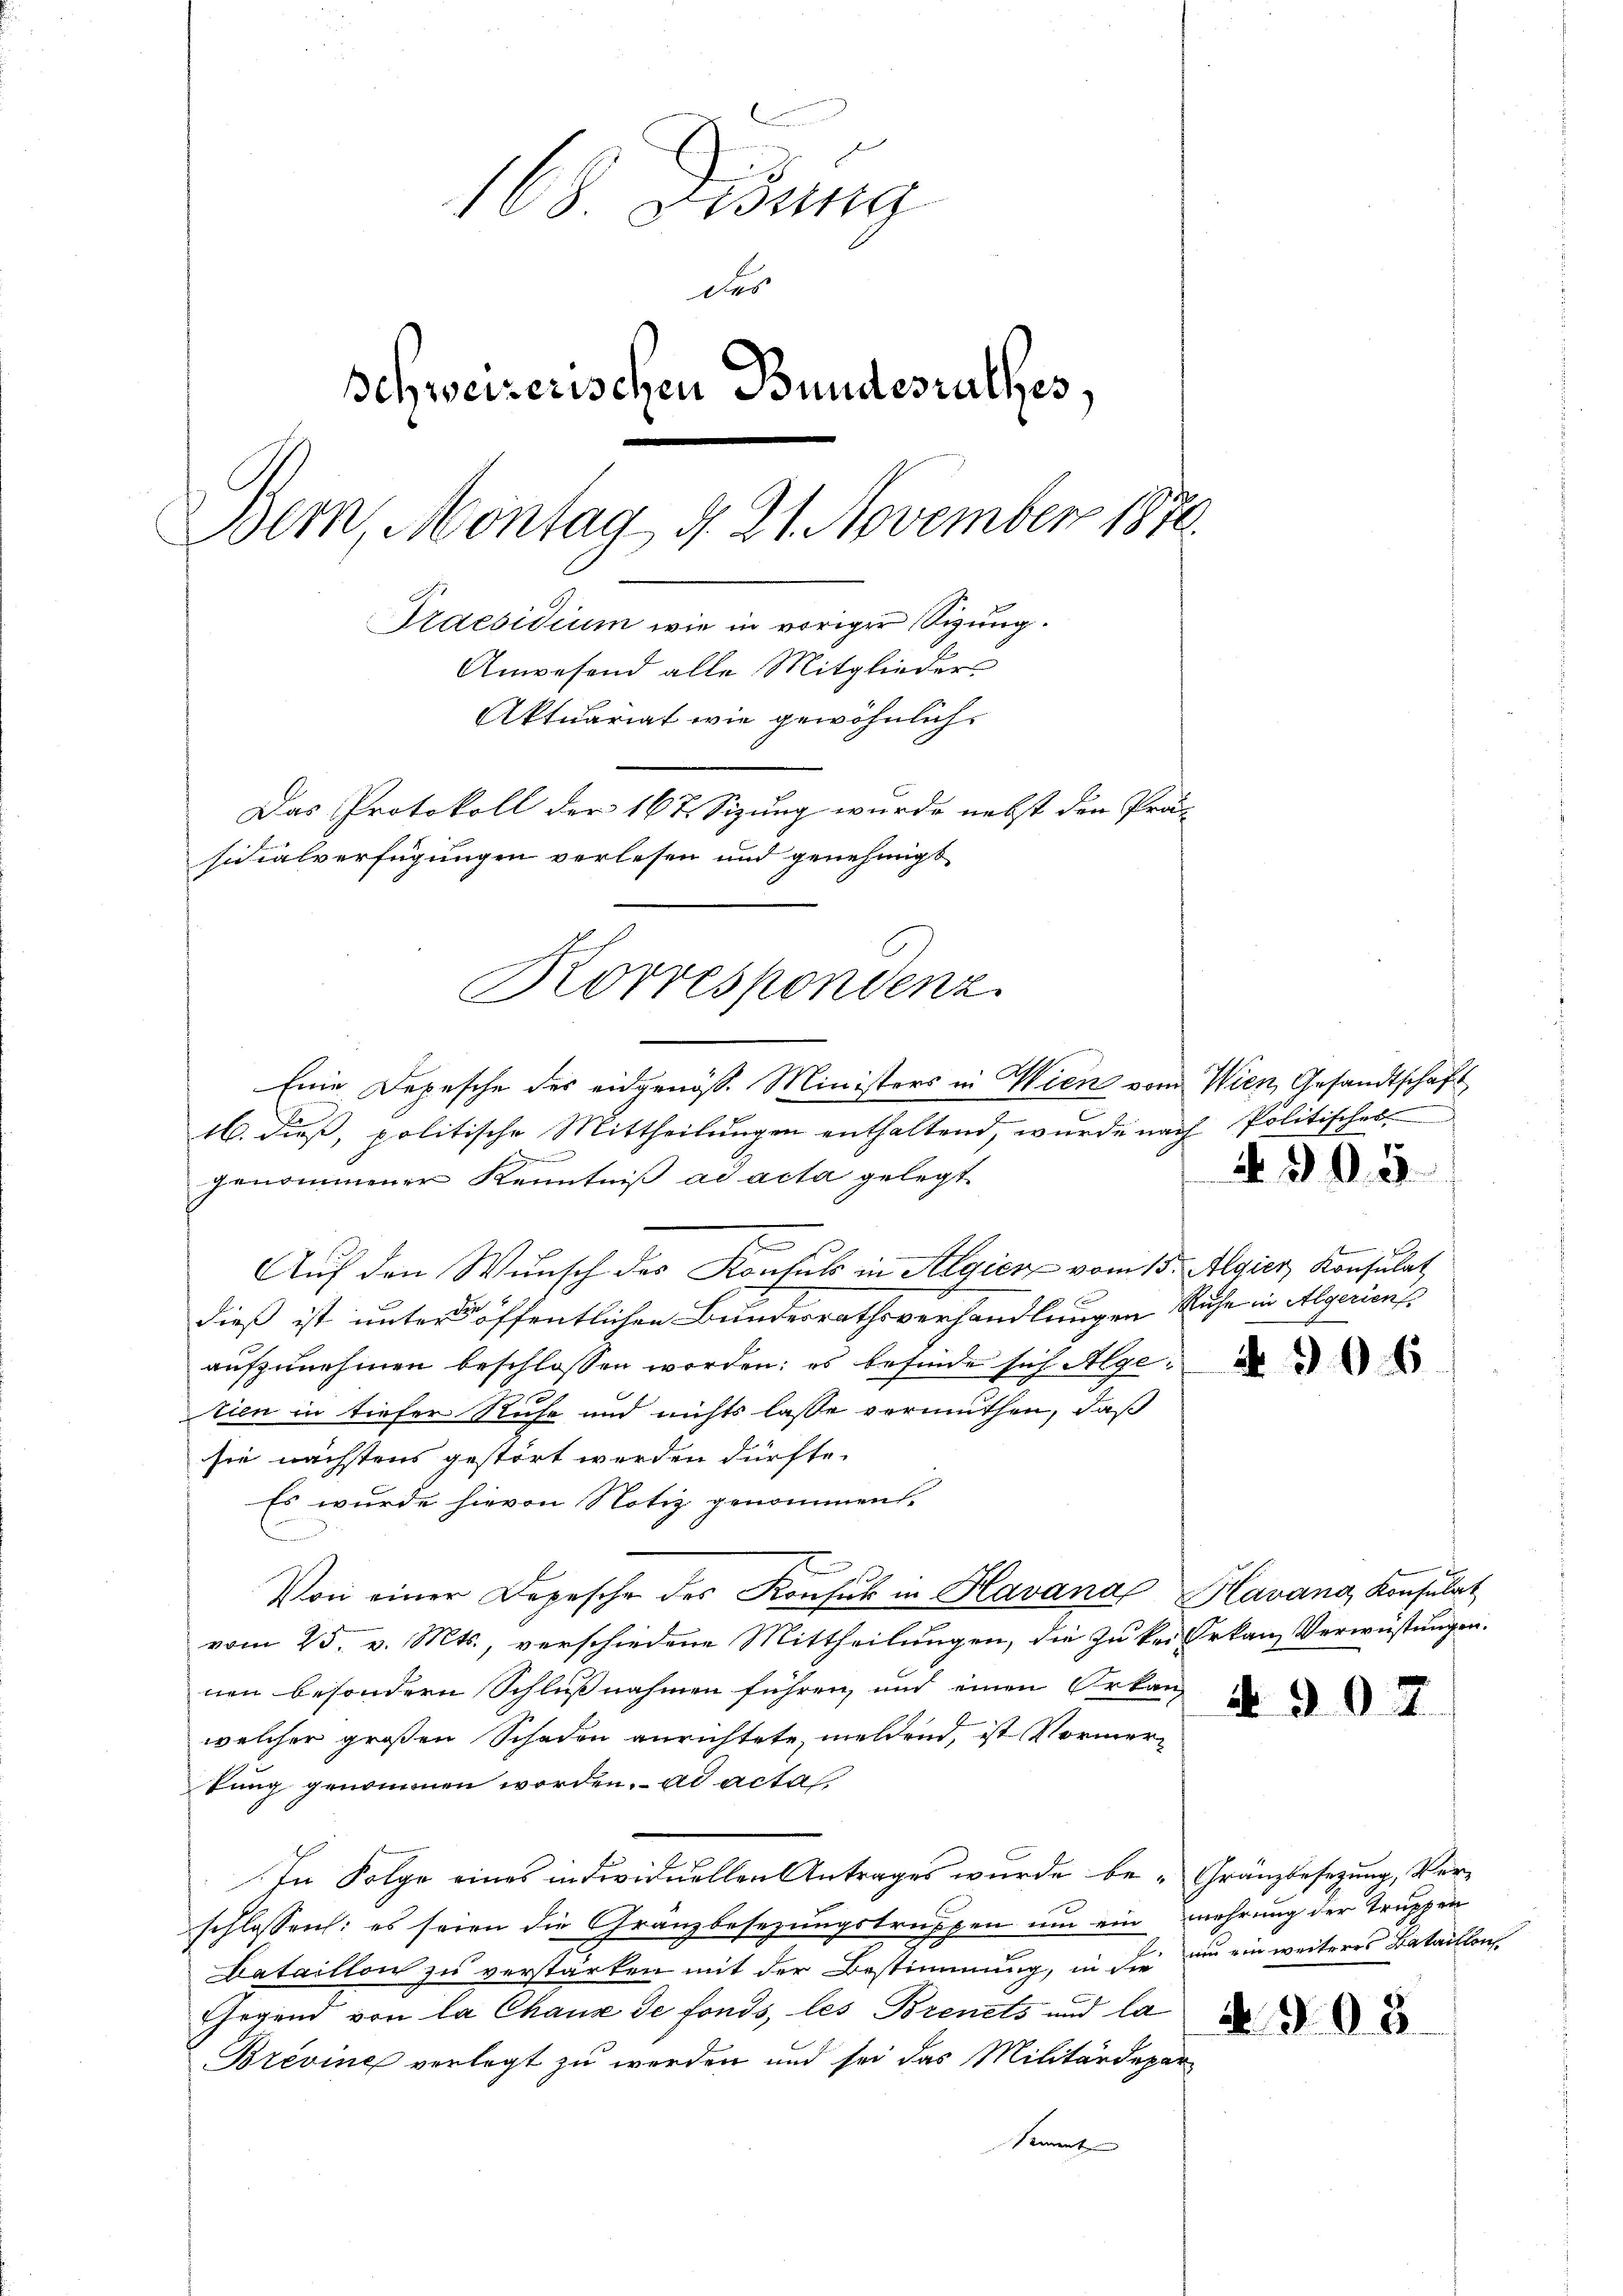
168. Disung
des
schweizerischen Bundesrathes,
Bern, Montag d. 21. November 1870.
Praesidium wie in voriger Sizung.
Anwesend alle Mitglieder
Aktuariat wie gewöhnlich.
Das Protokoll der 167 Sizung wurde nebst den Präs
sidialverfügungen verlesen und genehmigt.

16. dieß, politische Mittheilungen enthaltend, wurde nach Politisches
.
genommener Kenntniß ad acta gelegt
2
Auf den Wunsch des Konsuls in Algien vom 15. Algier Konsulat
dieß ist unter der öffentlichen Bundesrathsverhandlungen Ruhe in Algerien
aufzunehmen beschlossen worden; es befinde sich Alge d
tien in tiefer Ruhe und nichts lasse vermuthen, daß
sie nächstens gestört werden dürfte.
Es wurde hievon Notiz genommen.
Von einer Depesche des Konsul in Havana Havang Konsulat
vom 25. v. Mts., verschiedene Mittheilungen, die zu kein Erkan Verwüstungen.
nen besondern Schlußnahmen führen, und einen Orkan
2
f
welcher großen Schaden anrichtete, melden, ist Vormerkung genommen worden. ad acta.
In Folge eines individuellen Antrages wurde be- Gränzbesezung, Verschlossen: es seien die Granzbesezungstruppen um ein mehrung der Truppen
Dataillon zu verstärken mit der Bestimmung, in die ein ein weiteres Bataillons
Gegend von la Chaux de fonds, les Brenets und la
Brévine verlegt zu werden und sei das Militärdeparsement

Korrespondenz.
Eine Depesche des eidgenöß. Ministers in Wien vom Wien, Gesandtschaft

A 305

30

4. 908.